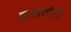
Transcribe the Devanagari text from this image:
बसनेही